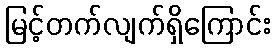
မြင့်တက်လျက်ရှိကြောင်း